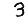
Digit: 3